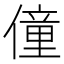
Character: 僮